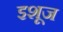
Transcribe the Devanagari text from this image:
इशूज